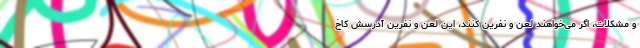
و مشکلات، اگر می‌خواهند لعن و نفرین کنند، این لعن و نفرین آدرسش کاخ